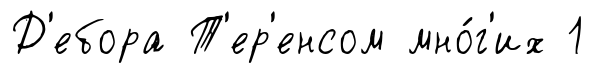
Д'ебора Т'ер'енсом мно́г'их 1